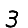
Digit: 3